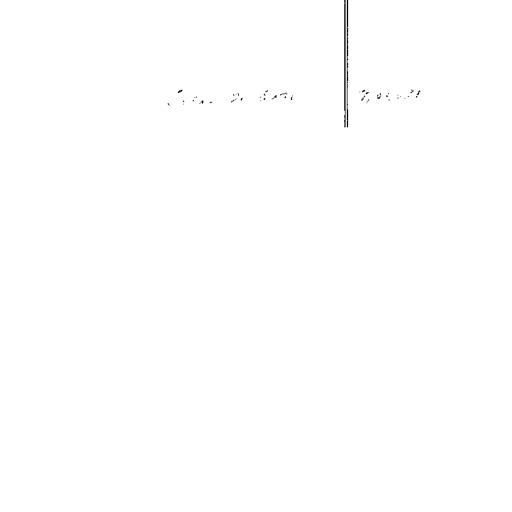
Jan. 2, 1871	7,000.00